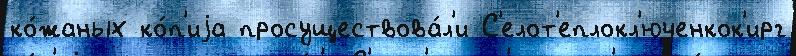
ко́жаных ко́п'иjа просуществова́л'и С'елот'еплокл'юченкок'ирг